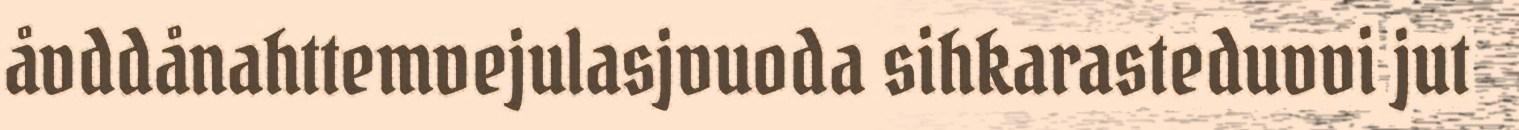
åvddånahttemvejulasjvuoda sihkarasteduvvi jut